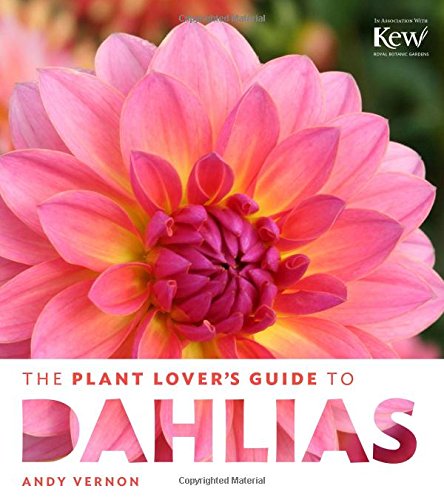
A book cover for The Plant Lover's Guide to Dahlias; Andy Vernon; Crafts, Hobbies & Home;